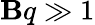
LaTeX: \mathbf{B}q\gg1